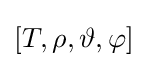
[T,\rho ,\vartheta ,\varphi ]